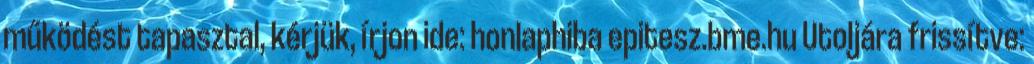
működést tapasztal, kérjük, írjon ide: honlaphiba epitesz.bme.hu Utoljára frissítve: